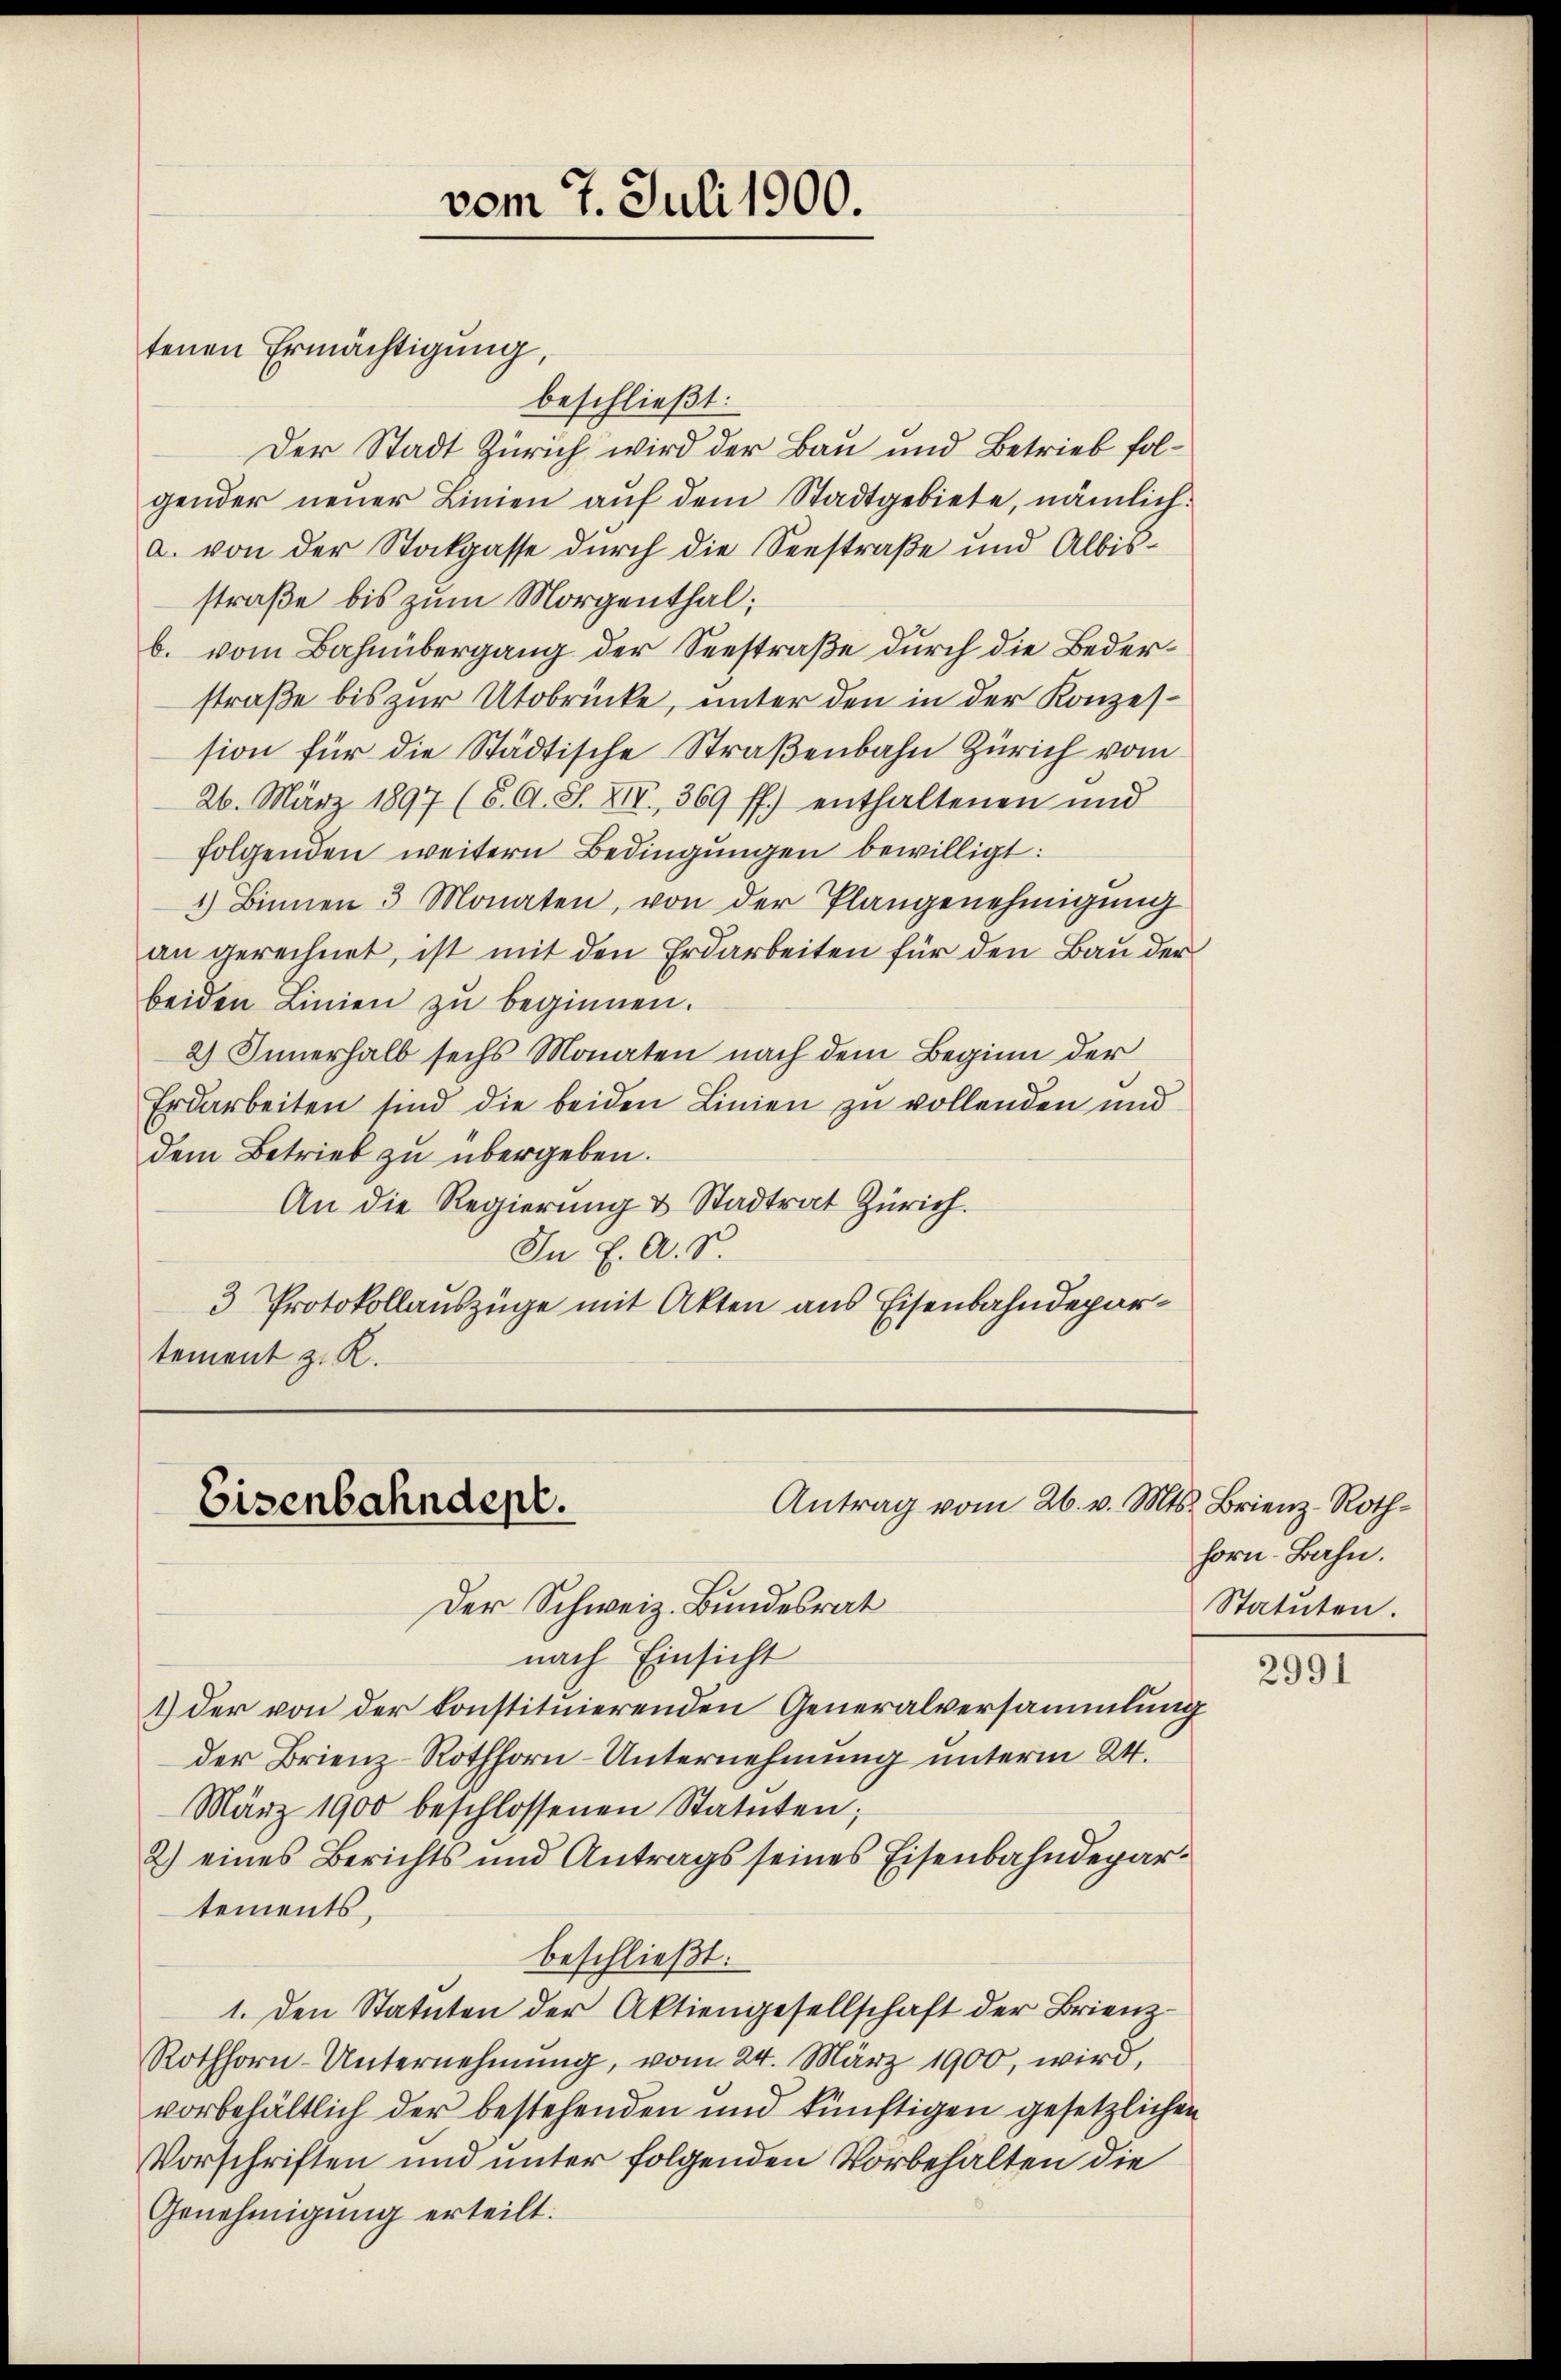
vom 7. Juli 1900.
tenen Ermächtigung,

beschließt:
Der Stadt Zürich wird der Bau und Betrieb folgender neuer Linien aŭf dem Stadtgebiete, nämlich:
a. von der Stockgasse durch die Seestraße und Albisstraße bis zum Morgenthal;
b. vom Bahnübergang der Seestraße durch die Bederstraße bis zur Utobrücke, unter den in der Konzession für die Städtische Straßenbahn Zürich vom
26. März 1897 (6. A. S. XIV 369 ff.) enthaltenen und
folgenden weitern Bedingungen bewilligt:
1) Binnen 3 Monaten, von der Plangenehmigŭng
an gerechnet, ist mit den Erdarbeiten für den Bau der
beiden Linien zu beginnen.
2) Innerhalb sechs Monaten nach dem Beginn der
Erdarbeiten sind die beiden Linien zu vollenden und
dem Betrieb zu übergeben.
An die Regierung & Stadtrat Zürich.
In K. A. S.
3 Protokollauszüge mit Akten aus Eisenbahndepartement z. R.

Antrag vom 26. v. Mts. Brienz-Roth¬
Eisenbahndept.
Der Schweiz. Bundesrat

nach Einsicht
1) der von der konstituierenden Generalversammlung
der Brienz-Rothhorn-Unternehmung unterm 24.
März 1900 beschlossenen Statuten;
2) eines Berichts und Antrags seines Eisenbahndepartements,
beschließt:
1. Den Statuten der Aktiengesellschaft der Brienz¬
Rothhorn-Unternehmung, vom 24. März 1900, wird,
vorbehältlich der bestehenden und künftigen gesetzlichen
Vorschriften und unter folgenden Vorbehalten die
Genehmigung erteilt:

horn-Bahn.
Statuten.

2991